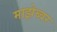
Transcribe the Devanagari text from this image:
माझेब्वर